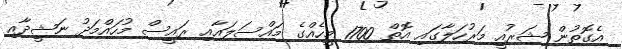
އެގޮތުން ޝަރުއީ މަރުހަލާގައި އޮތް 1700 މީހެއްގެ މައްސަލައާއި ރައީސް މުހައްމަދު ނަޝީދާއި